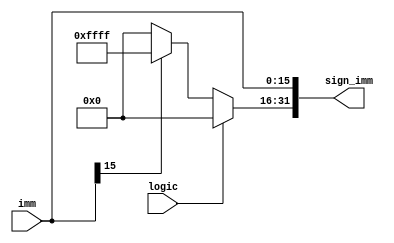
module extension (imm, sign_imm,logic);
 input [15:0] imm;
 input logic;
 output reg[31:0] sign_imm;
 always@(*)begin
 sign_imm[15:0]=imm[15:0];
 if(logic)  sign_imm[31:16]=16'b0;
 else
 sign_imm[31:16]=imm[15]?16'b1111111111111111:16'b0;
end
endmodule